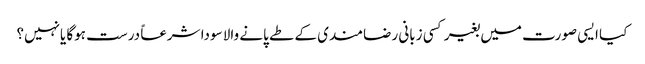
کیا ایسی صورت میں بغیر کسی زبانی رضامندی کے طے پانے والا سودا شرعاً درست ہوگا یانہیں؟